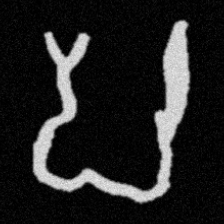
Pyu character \u2014 Myanmar letter: ပ (romanized: pa)